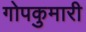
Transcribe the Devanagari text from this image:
गोपकुमारी